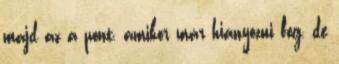
majd az a pont, amikor már hiányozni fog, de